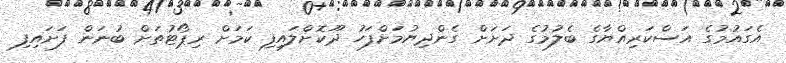
އެގައުމުގެ އަސްކަރިއްޔާގެ ބެލުމުގެ ދަށަށް ގެންދިޔުމަށްފަހު ދޫކޮށްލައިފި ކަމަށް ރިޕޯޓުތަށް ބުނަން ފަށައިފި